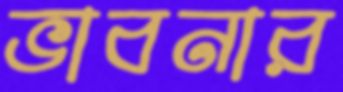
ভাবনার